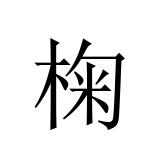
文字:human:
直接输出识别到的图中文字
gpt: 椈